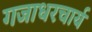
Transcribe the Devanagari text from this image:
गजाधरचार्य